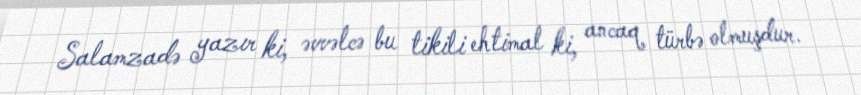
Salamzadə yazır ki, əvvəlcə bu tikili ehtimal ki, ancaq türbə olmuşdur.